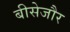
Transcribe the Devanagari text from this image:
बीसेजौर